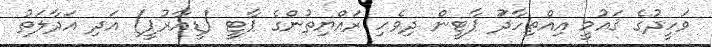
ވަހީދުގެ ޤައުމީ އިއްތިހާދުަ ޕާޓީން ދިވެހި ރައްޔިތުންގެ ޕާޓީ (ޑީއާރުޕީ) އަދި އަދާލަތު